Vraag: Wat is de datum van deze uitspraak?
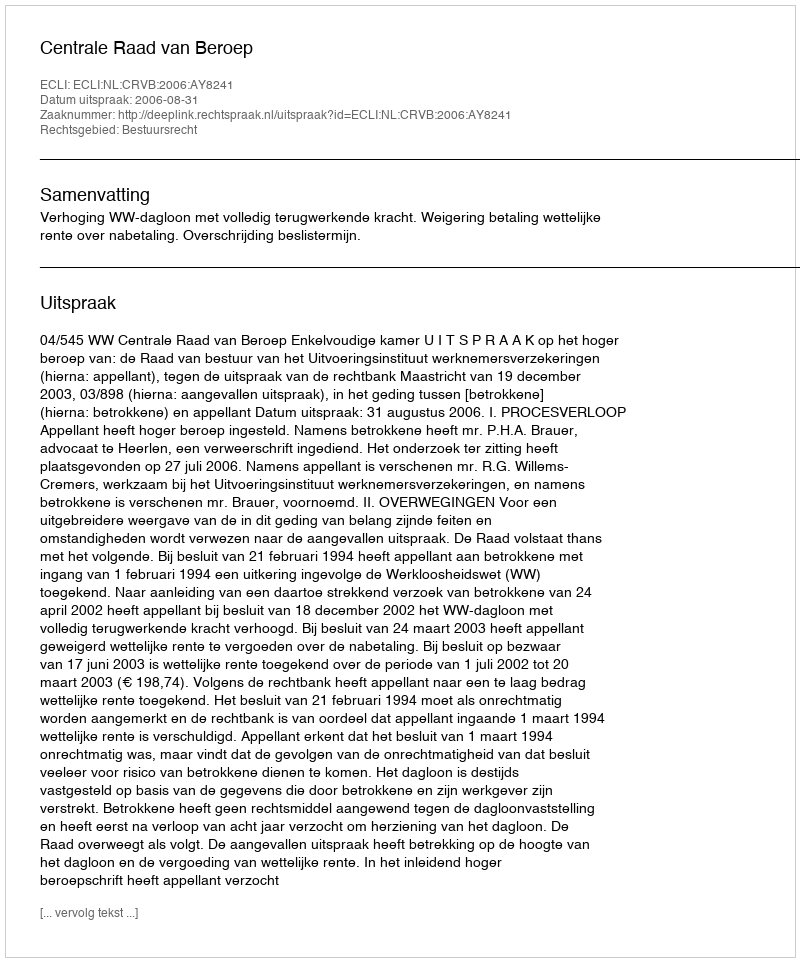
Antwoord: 2006-08-31